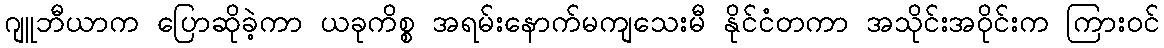
ဂျူဘီယာက ပြောဆိုခဲ့ကာ ယခုကိစ္စ အရမ်းနောက်မကျသေးမီ နိုင်ငံတကာ အသိုင်းအဝိုင်းက ကြားဝင်